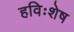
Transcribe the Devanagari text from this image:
हविःशेष